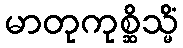
မာတုကုစ္ဆိသ္မိံ